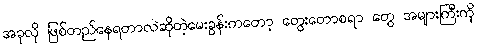
အခုလို ဖြစ်တည်နေရတာလဲဆိုတဲ့မေးခွန်းကတော့ တွေးတောစရာ တွေ အများကြီးကို